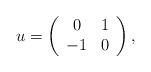
LaTeX: \begin{align*} u = \left( \begin{array}{cc} 0 & 1 \\ -1 & 0 \end{array} \right) ,\end{align*}